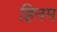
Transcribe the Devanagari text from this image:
हिनम